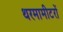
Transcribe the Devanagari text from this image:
थरमामीटरों